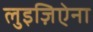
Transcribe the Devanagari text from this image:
लुइज़िऐना